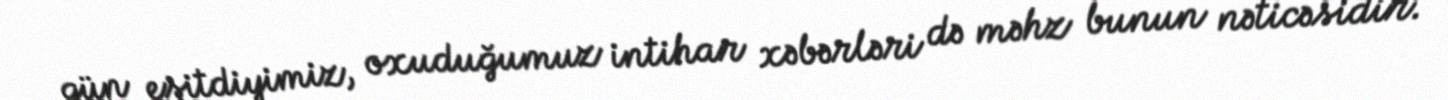
gün eşitdiyimiz, oxuduğumuz intihar xəbərləri də məhz bunun nəticəsidir.